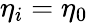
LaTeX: \eta_{i}=\eta_{0}